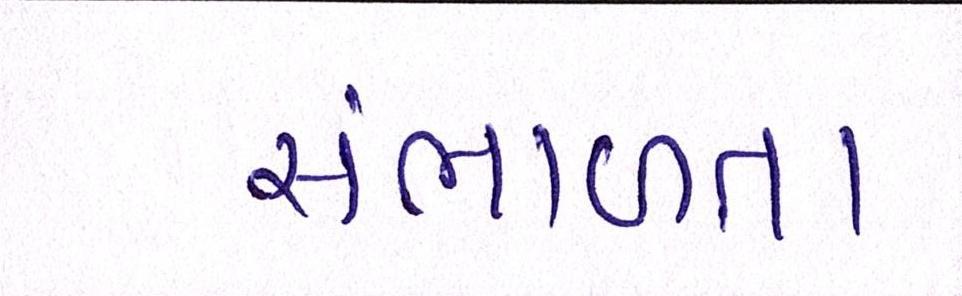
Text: સંભાળતા